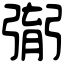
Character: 㣃